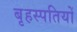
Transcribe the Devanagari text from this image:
बृहस्पतियों